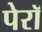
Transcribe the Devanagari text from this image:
पेरॉ